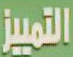
التمييز